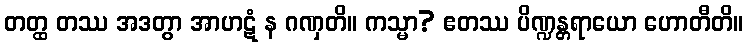
တတ္ထ တဿ အဒတွာ အာဟဋံ န ဂဏှတိ။ ကသ္မာ? ဧတဿ ပိဏ္ဍန္တရာယော ဟောတီတိ။